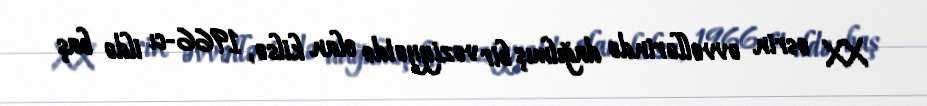
XX əsrin əvvəllərində dağılmış bir vəziyyətdə olan kilsə, 1966-cı ildə baş